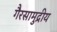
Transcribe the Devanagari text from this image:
गैरसामुद्रीय